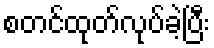
စတင်ထုတ်လုပ်ခဲ့ပြီး